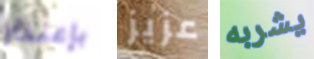
بإعتذار عزيز يشربه